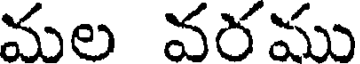
మల వరము